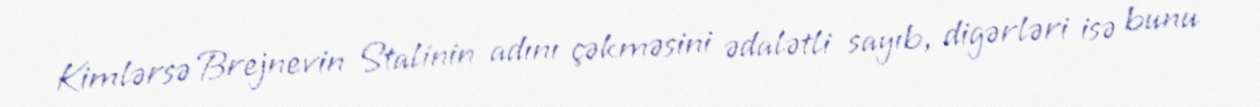
Kimlərsə Brejnevin Stalinin adını çəkməsini ədalətli sayıb, digərləri isə bunu